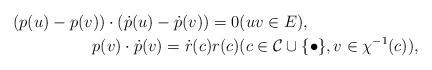
LaTeX: \begin{align*}(p(u)-p(v))\cdot (\dot{p}(u)-\dot{p}(v))=0 & (uv\in E), \\p(v)\cdot \dot{p}(v)=\dot{r}(c)r(c) & (c\in {\cal C}\cup \{\bullet\}, v\in \chi^{-1}(c)), \end{align*}